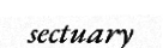
sectuary